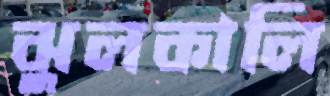
ঝুলকালি